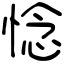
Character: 惗